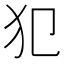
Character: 犯